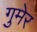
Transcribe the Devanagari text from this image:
गुमेर